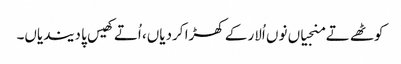
کوٹھے تے منجیاں نوں اُلار کے کھڑا کردیاں، اُتے کھیس پا دیندیاں۔